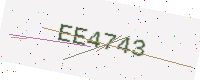
Text: EE4743